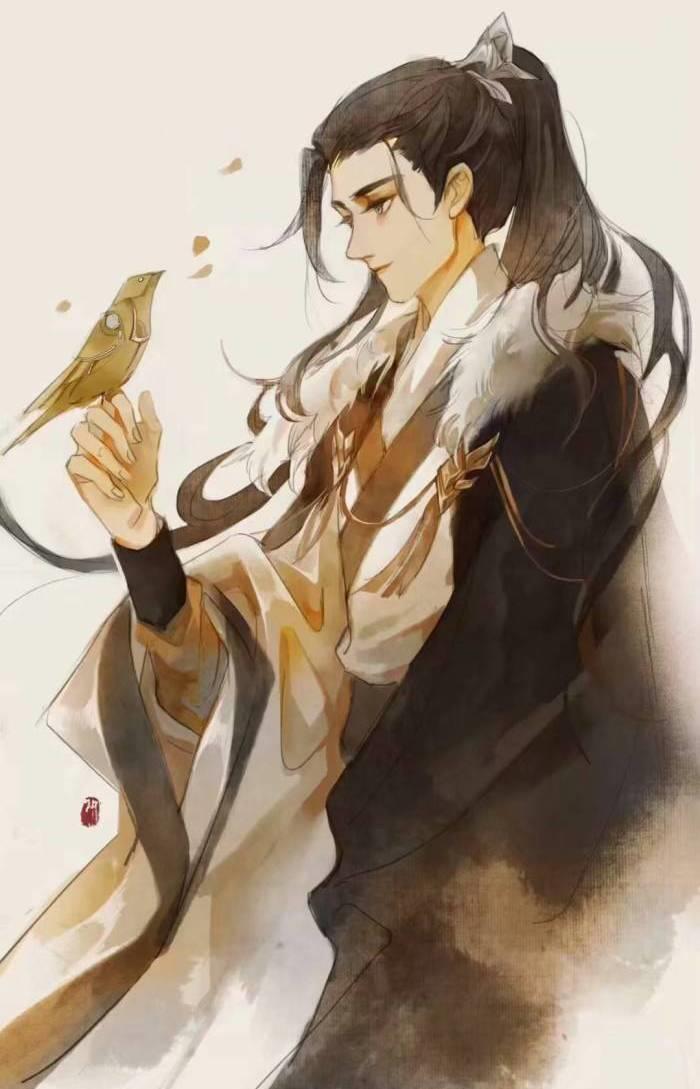
吹灯窗更明，月照一天雪。